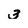
Character: 3